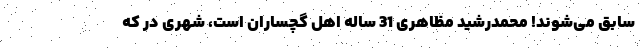
سابق می‌شوند! محمدرشید مظاهری 31 ساله اهل گچساران است، شهری در که